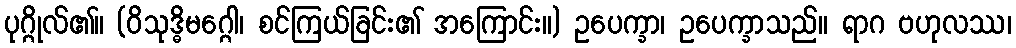
ပုဂ္ဂိုလ်၏။ (ဝိသုဒ္ဓိမဂ္ဂေါ၊ စင်ကြယ်ခြင်း၏ အကြောင်း။) ဥပေက္ခာ၊ ဥပေက္ခာသည်။ ရာဂ ဗဟုလဿ၊